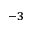
^ { - 3 }